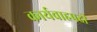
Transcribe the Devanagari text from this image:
कार्यवाहपदी